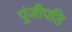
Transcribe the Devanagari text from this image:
पूंजीपति